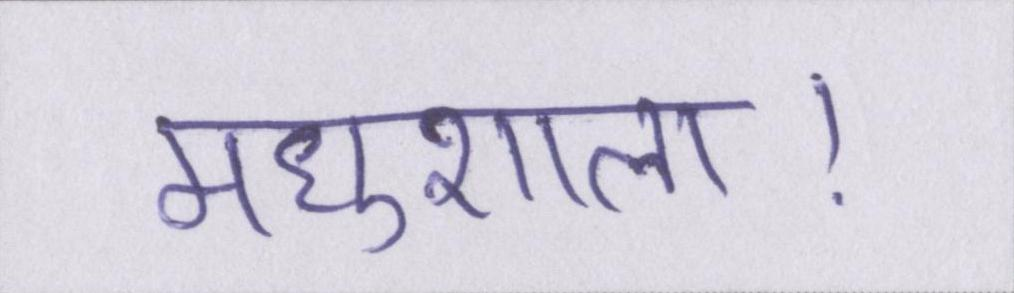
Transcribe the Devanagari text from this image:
मधुशाला।